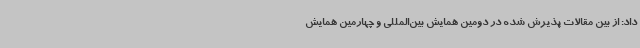
داد: از بین مقالات پذیرش شده در دومین همایش بین‌المللی و چهارمین همایش